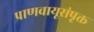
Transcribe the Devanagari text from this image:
प्राणवायूसंपृक्त